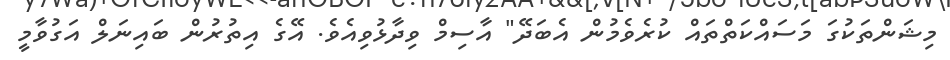
މިޝަންތަކުގަ މަސައްކަތްތައް ކުރެވެމުން އެބަދޭ" އާސިމް ވިދާޅުވިއެވެ. އޭގެ އިތުރުން ބައިނަލް އަގުވާމީ